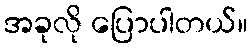
အခုလို ပြောပါတယ်။